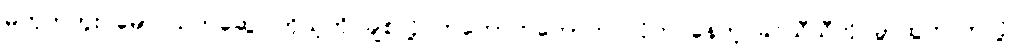
မဟုတ်ဘူး မောင်သက်ဆွေ၊ ကိုယ့်ကို ချစ်လို့ တကောက်ကောက် လိုက် နေတဲ့ ခင်သီသီကို ခွာထွက်လာလို့